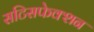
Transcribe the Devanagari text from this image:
सटिसफेक्शन